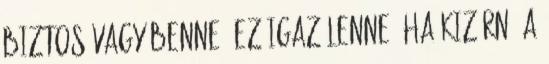
Biztos vagy benne? Ez igaz lenne, ha kizárná a